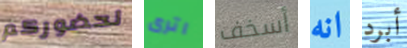
لحضوركم اترى أسخف انه أبرد